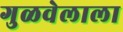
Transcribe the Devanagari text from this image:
गुळवेलाला